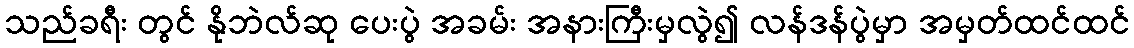
သည်ခရီး တွင် နိုဘဲလ်ဆု ပေးပွဲ အခမ်း အနားကြီးမှလွဲ၍ လန်ဒန်ပွဲမှာ အမှတ်ထင်ထင်